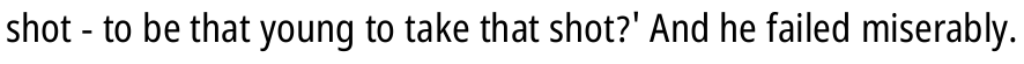
shot - to be that young to take that shot?' And he failed miserably.